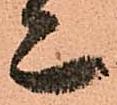
亦